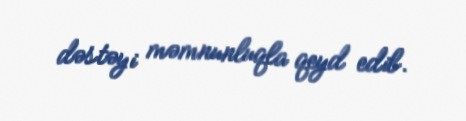
dəstəyi məmnunluqla qeyd edib.